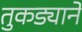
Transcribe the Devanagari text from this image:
तुकड्याने